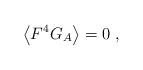
LaTeX: \begin{align*}\left\langle F^{4}G_{A}\right\rangle =0\;,\end{align*}